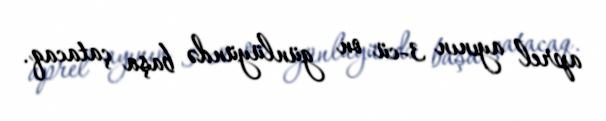
aprel ayının 3-cü on günlüyündə başa çatacaq.